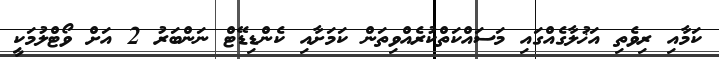
ކަމާއި ރިވެތި އަޚުލާގެއްގައި މަސައްކަތްކުރެއްވިތަން ކަމަށާއި ކެންޑިޑޭޓް ނަންބަރު 2 އަށް ވޯޓްލުމަކީ